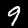
Label: 9